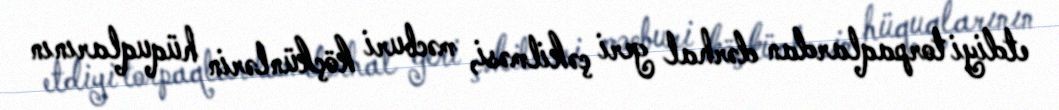
etdiyi torpaqlardan dərhal geri çəkilməsi, məcburi köçkünlərin hüquqlarının